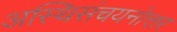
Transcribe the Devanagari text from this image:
अस्थिसंचयनोत्तर